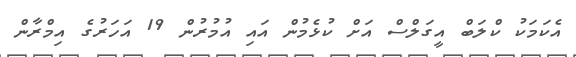
އެކަމަކު ކްލަބް އީގަލްސް އަށް ކުޅެމުން އައި އުމުރުން 19 އަހަރުގެ އިމްރާން